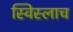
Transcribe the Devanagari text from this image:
स्विस्लाच